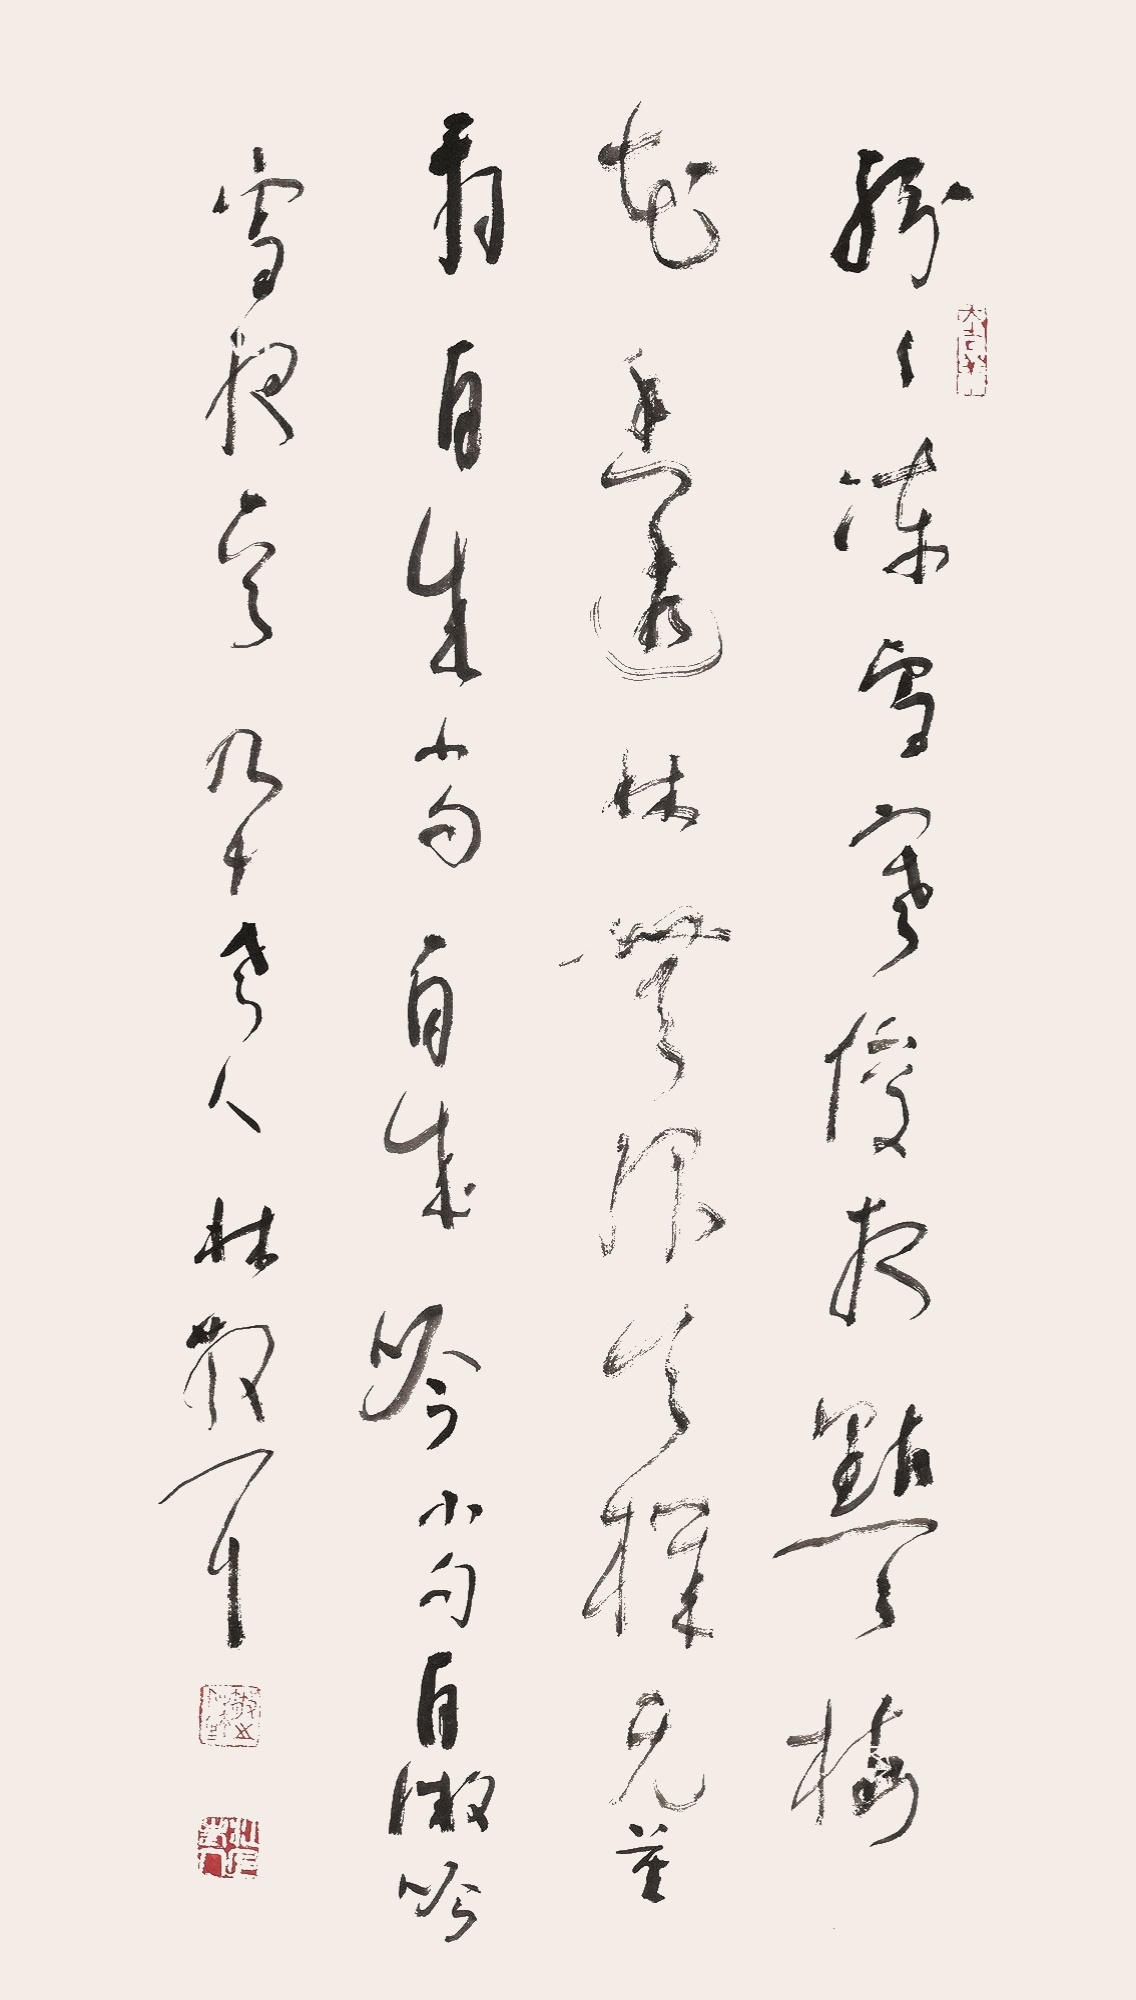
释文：纷纷冻雪寒俊夜，点点梅花香透林。无限天机无量寿，自成小句自成吟。小句自微吟。《雪夜》一首。九十老人林散耳。